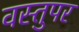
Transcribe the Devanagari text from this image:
वस्तुपर